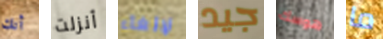
أنك أنزلت لإلغاء جيد هوسك ما